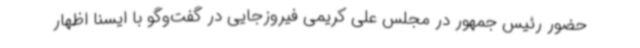
حضور رئیس جمهور در مجلس علی کریمی فیروزجایی در گفت‌وگو با ایسنا اظهار